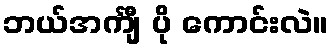
ဘယ်အင်္ကျီ ပို ကောင်းလဲ။